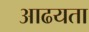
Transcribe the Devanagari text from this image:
आढयता